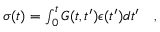
\begin{array} { r } { \sigma ( t ) = \int _ { 0 } ^ { t } G ( t , t ^ { \prime } ) { \epsilon } ( t ^ { \prime } ) d t ^ { \prime } \quad , } \end{array}